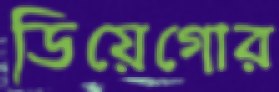
ডিয়েগোর